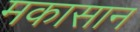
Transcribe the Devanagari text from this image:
मकासान